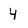
Character: 4